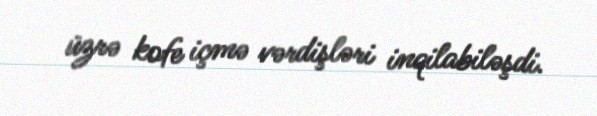
üzrə kofe içmə vərdişləri inqilabiləşdi.